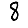
Digit: 8